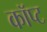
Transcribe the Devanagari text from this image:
कॉप्ट